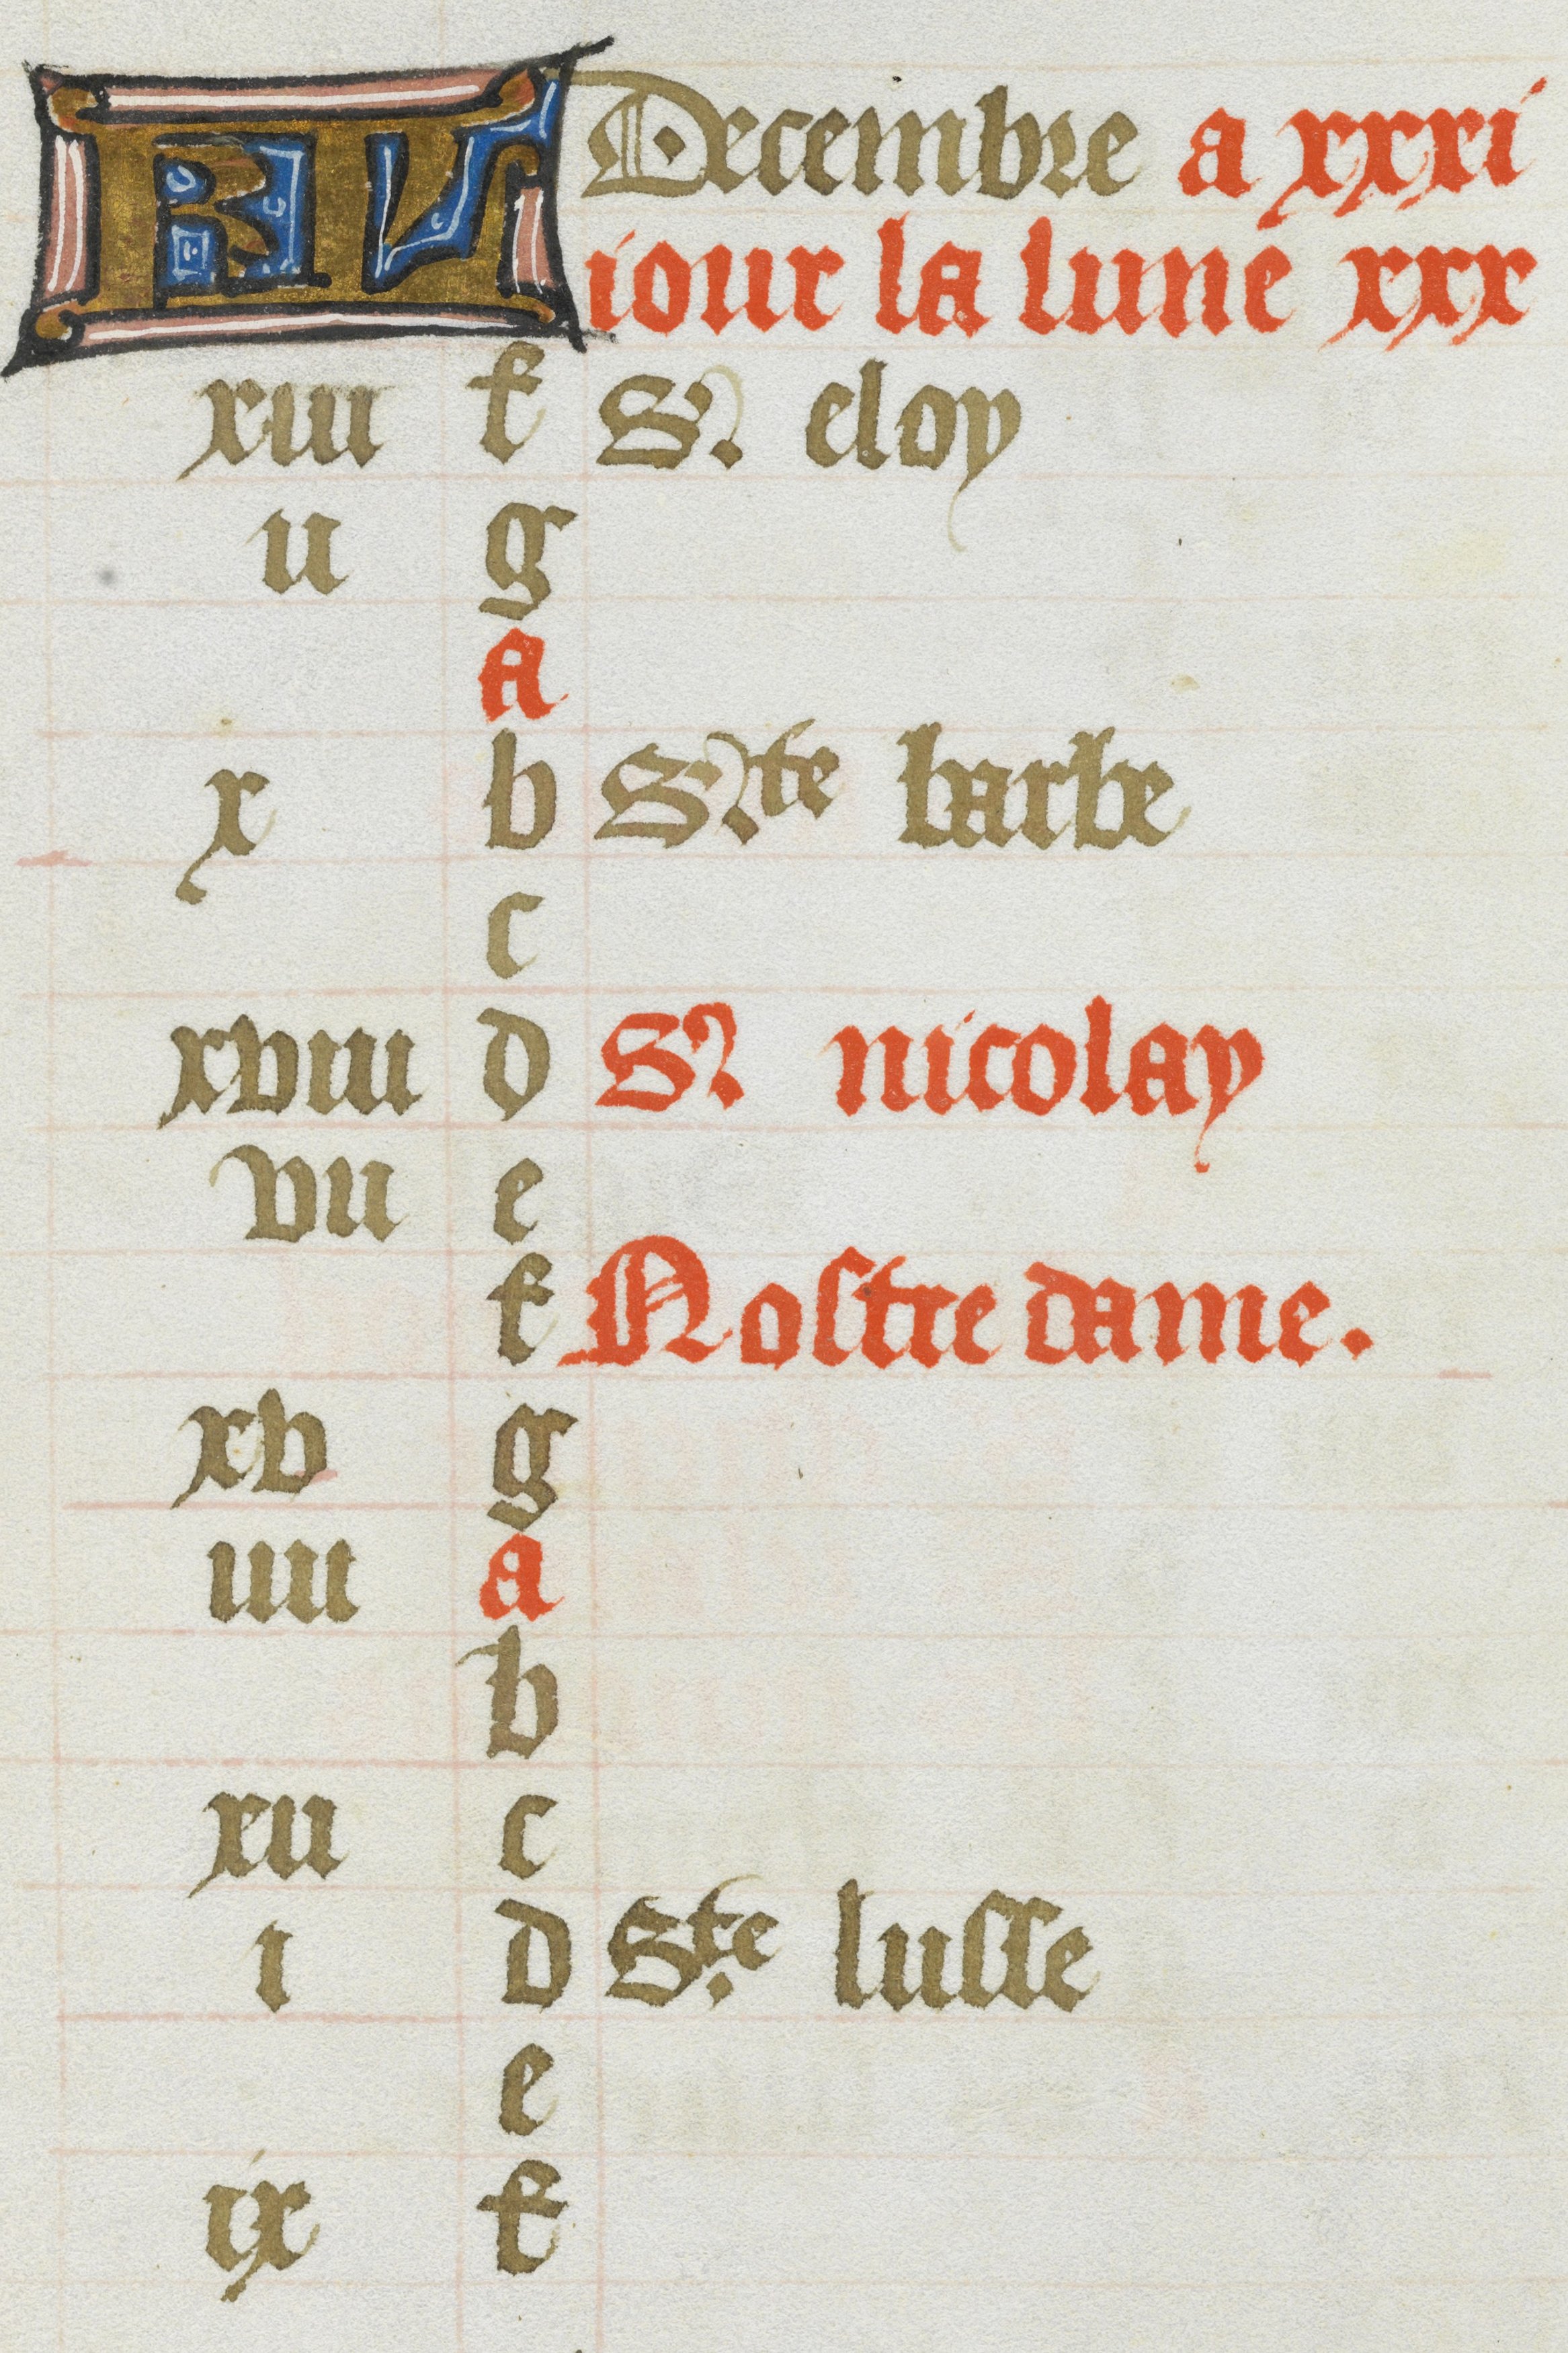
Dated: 1485–1515